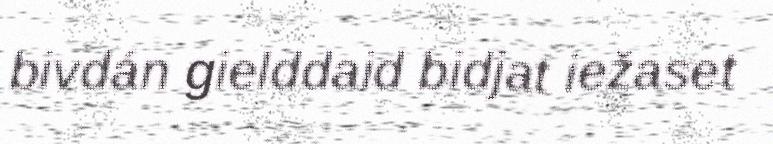
bivdán gielddaid bidjat iežaset